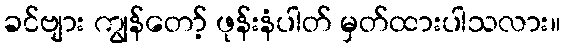
ခင်ဗျား ကျွန်တော့် ဖုန်းနံပါတ် မှတ်ထားပါသလား။